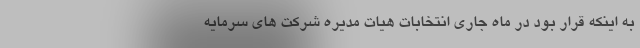
به اینکه قرار بود در ماه جاری انتخابات هیات مدیره شرکت های سرمایه